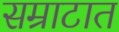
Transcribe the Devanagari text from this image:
सम्राटात